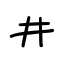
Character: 井